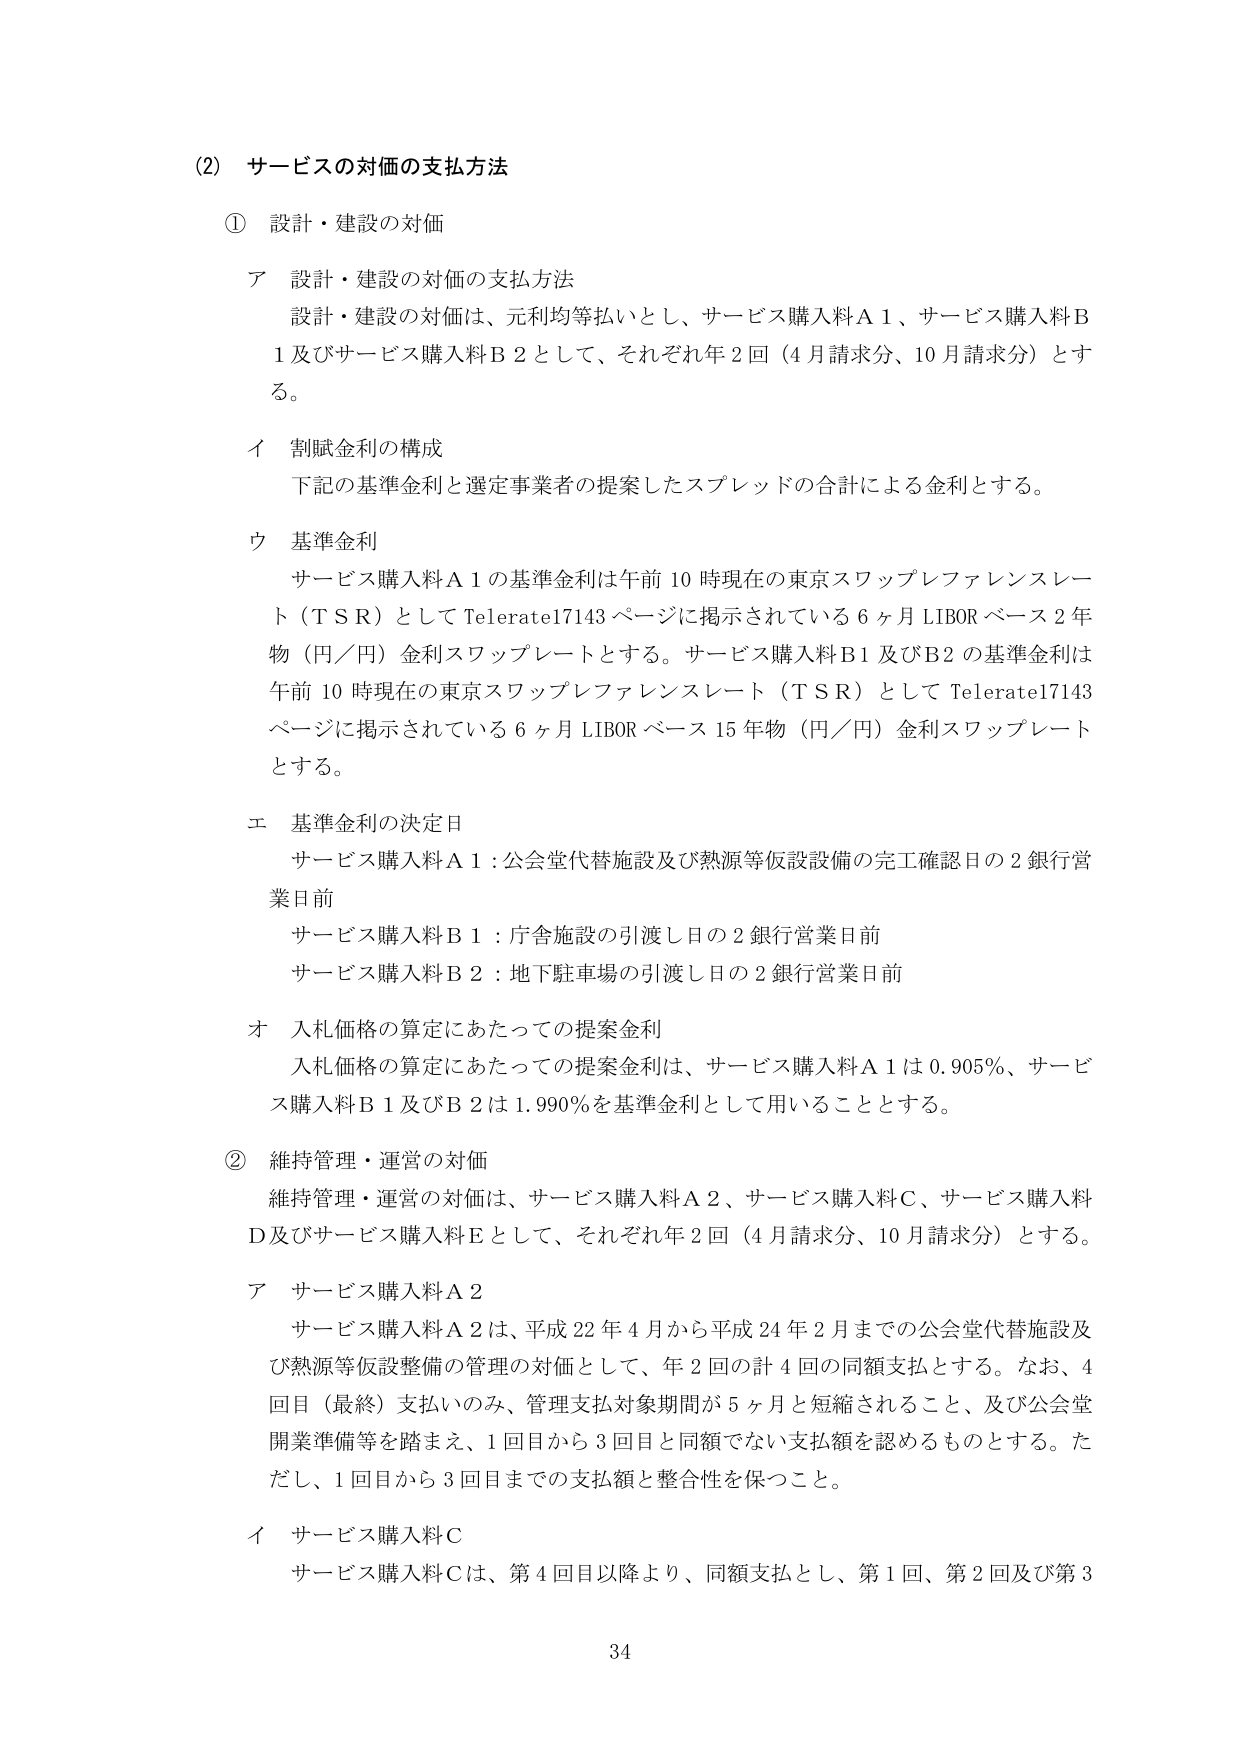
(2) サービスの対価の支払方法

① 設計・建設の対価

ア 設計・建設の対価の支払方法
設計・建設の対価は、元利均等払いとし、サービス購入料Ａ１、サービス購入料Ｂ１及びサービス購入料Ｂ２として、それぞれ年２回（４月請求分、10月請求分）とする。

イ 割賦金利の構成
下記の基準金利と選定事業者の提案したスプレッドの合計による金利とする。

ウ 基準金利
サービス購入料Ａ１の基準金利は午前10時現在の東京スワップレファレンスレート（ＴＳＲ）としてTelerate17143ページに掲示されている６ヶ月LIBORベース２年物（円／円）金利スワップレートとする。サービス購入料Ｂ１及びＢ２の基準金利は午前10時現在の東京スワップレファレンスレート（ＴＳＲ）としてTelerate17143ページに掲示されている６ヶ月LIBORベース15年物（円／円）金利スワップレートとする。

エ 基準金利の決定日
サービス購入料Ａ１：公会堂代替施設及び熱源等仮設備の完工確認日の２銀行営業日前
サービス購入料Ｂ１：庁舎施設の引渡し日の２銀行営業日前
サービス購入料Ｂ２：地下駐車場の引渡し日の２銀行営業日前

オ 入札価格の算定にあたっての提案金利
入札価格の算定にあたっての提案金利は、サービス購入料Ａ１は0.905％、サービス購入料Ｂ１及びＢ２は1.990％を基準金利として用いることとする。

② 維持管理・運営の対価
維持管理・運営の対価は、サービス購入料Ａ２、サービス購入料Ｃ、サービス購入料Ｄ及びサービス購入料Ｅとして、それぞれ年２回（４月請求分、10月請求分）とする。

ア サービス購入料Ａ２
サービス購入料Ａ２は、平成22年４月から平成24年２月までの公会堂代替施設及び熱源等仮設備の管理の対価として、年２回の計４回の同額支払とする。なお、４回目（最終）支払いのみ、管理支払対象期間が５ヶ月と短縮されること、及び公会堂開業準備等を踏まえ、１回目から３回目と同額でない支払額を認めるものとする。ただし、１回目から３回目までの支払額と整合性を保つこと。

イ サービス購入料Ｃ
サービス購入料Ｃは、第４回目以降より、同額支払とし、第１回、第２回及び第３

34